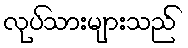
လုပ်သားများသည်